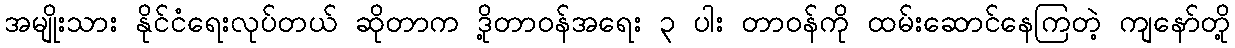
အမျိုးသား နိုင်ငံရေးလုပ်တယ် ဆိုတာက ဒို့တာဝန်အရေး ၃ ပါး တာဝန်ကို ထမ်းဆောင်နေကြတဲ့ ကျနော်တို့